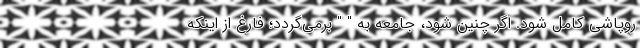
روپاشی کامل شود. اگر چنین شود، جامعه به " " برمی‌گردد؛ فارغ از اینکه